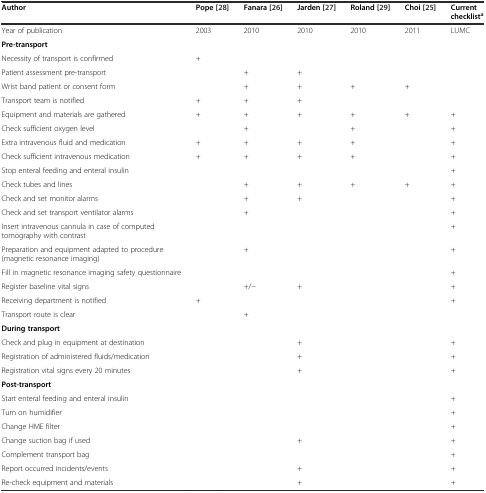
<table><thead><tr><td><b>Author</b></td><td><b>Pope [28]</b></td><td><b>Fanara [26]</b></td><td><b>Jarden [27]</b></td><td><b>Roland [29]</b></td><td><b>Choi [25]</b></td><td><b>Current checklist<sup>a</sup></b></td></tr></thead><tbody><tr><td>Year of publication</td><td>2003</td><td>2010</td><td>2010</td><td>2010</td><td>2011</td><td>LUMC</td></tr><tr><td><b>Pre-transport</b></td><td></td><td></td><td></td><td></td><td></td><td></td></tr><tr><td>Necessity of transport is confirmed</td><td>+</td><td></td><td></td><td></td><td></td><td></td></tr><tr><td>Patient assessment pre-transport</td><td></td><td>+</td><td>+</td><td></td><td></td><td></td></tr><tr><td>Wrist band patient or consent form</td><td></td><td>+</td><td>+</td><td>+</td><td>+</td><td></td></tr><tr><td>Transport team is notified</td><td>+</td><td>+</td><td>+</td><td></td><td></td><td></td></tr><tr><td>Equipment and materials are gathered</td><td>+</td><td>+</td><td>+</td><td>+</td><td>+</td><td>+</td></tr><tr><td>Check sufficient oxygen level</td><td></td><td>+</td><td></td><td>+</td><td></td><td>+</td></tr><tr><td>Extra intravenous fluid and medication</td><td>+</td><td>+</td><td>+</td><td>+</td><td></td><td>+</td></tr><tr><td>Check sufficient intravenous medication</td><td>+</td><td>+</td><td>+</td><td>+</td><td></td><td>+</td></tr><tr><td>Stop enteral feeding and enteral insulin</td><td></td><td></td><td></td><td></td><td></td><td>+</td></tr><tr><td>Check tubes and lines</td><td></td><td>+</td><td>+</td><td>+</td><td>+</td><td>+</td></tr><tr><td>Check and set monitor alarms</td><td></td><td>+</td><td>+</td><td></td><td></td><td>+</td></tr><tr><td>Check and set transport ventilator alarms</td><td></td><td>+</td><td></td><td></td><td></td><td>+</td></tr><tr><td>Insert intravenous cannula in case of computed tomography with contrast</td><td></td><td></td><td></td><td></td><td></td><td>+</td></tr><tr><td>Preparation and equipment adapted to procedure (magnetic resonance imaging)</td><td></td><td>+</td><td></td><td></td><td></td><td>+</td></tr><tr><td>Fill in magnetic resonance imaging safety questionnaire</td><td></td><td></td><td></td><td></td><td></td><td>+</td></tr><tr><td>Register baseline vital signs</td><td></td><td>+/−</td><td>+</td><td></td><td></td><td>+</td></tr><tr><td>Receiving department is notified</td><td>+</td><td></td><td></td><td></td><td></td><td>+</td></tr><tr><td>Transport route is clear</td><td></td><td>+</td><td></td><td></td><td></td><td></td></tr><tr><td><b>During transport</b></td><td></td><td></td><td></td><td></td><td></td><td></td></tr><tr><td>Check and plug in equipment at destination</td><td></td><td></td><td>+</td><td></td><td></td><td>+</td></tr><tr><td>Registration of administered fluids/medication</td><td></td><td></td><td>+</td><td></td><td></td><td>+</td></tr><tr><td>Registration vital signs every 20 minutes</td><td></td><td></td><td>+</td><td></td><td></td><td>+</td></tr><tr><td><b>Post-transport</b></td><td></td><td></td><td></td><td></td><td></td><td></td></tr><tr><td>Start enteral feeding and enteral insulin</td><td></td><td></td><td></td><td></td><td></td><td>+</td></tr><tr><td>Turn on humidifier</td><td></td><td></td><td></td><td></td><td></td><td>+</td></tr><tr><td>Change HME filter</td><td></td><td></td><td></td><td></td><td></td><td>+</td></tr><tr><td>Change suction bag if used</td><td></td><td></td><td>+</td><td></td><td></td><td>+</td></tr><tr><td>Complement transport bag</td><td></td><td></td><td></td><td></td><td></td><td>+</td></tr><tr><td>Report occurred incidents/events</td><td></td><td></td><td>+</td><td></td><td></td><td>+</td></tr><tr><td>Re-check equipment and materials</td><td></td><td></td><td>+</td><td></td><td></td><td>+</td></tr></tbody></table>